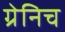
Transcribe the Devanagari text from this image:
ग्रेनिच